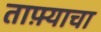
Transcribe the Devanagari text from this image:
ताफ़्याचा